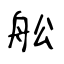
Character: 舩